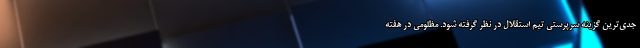
جدی‌ترین گزینه سرپرستی تیم استقلال در نظر گرفته شود. مظلومی در هفته